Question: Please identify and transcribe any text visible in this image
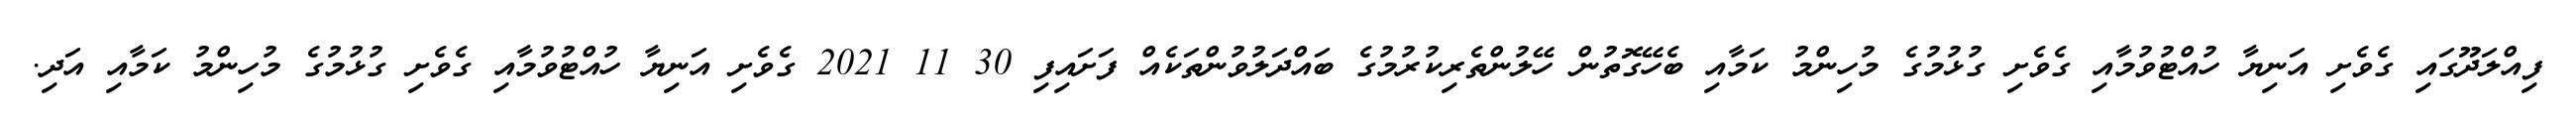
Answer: ފިއްލަދޫގައި ގެވެށި އަނިޔާ ހުއްޓުވުމާއި ގެވެށި ގުޅުމުގެ މުހިންމު ކަމާއި ބެހޭގޮތުން ހޭލުންތެރިކުރުމުގެ ބައްދަލުވުންތަކެއް ފަށައިފި 30 11 2021 ގެވެށި އަނިޔާ ހުއްޓުވުމާއި ގެވެށި ގުޅުމުގެ މުހިންމު ކަމާއި އަދި.